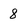
Character: 8